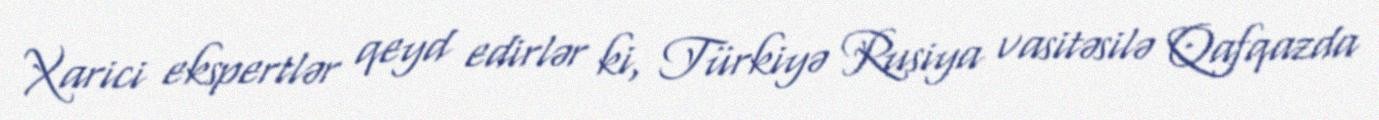
Xarici ekspertlər qeyd edirlər ki, Türkiyə Rusiya vasitəsilə Qafqazda